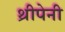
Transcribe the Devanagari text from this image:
थ्रीपेनी